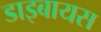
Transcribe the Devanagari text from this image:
डाइबायस